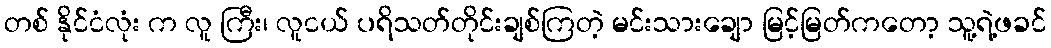
တစ် နိုင်ငံလုံး က လူ ကြီး၊ လူငယ် ပရိသတ်တိုင်းချစ်ကြတဲ့ မင်းသားချော မြင့်မြတ်ကတော့ သူ့ရဲ့ဖခင်